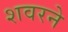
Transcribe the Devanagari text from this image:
शवरने